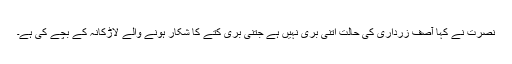
نصرت نے کہا آصف زرداری کی حالت اتنی بری نہیں ہے جتنی بری کتے کا شکار ہونے والے لاڑکانہ کے بچے کی ہے۔